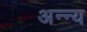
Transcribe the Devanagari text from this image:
अन्न्य